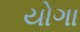
યોગા